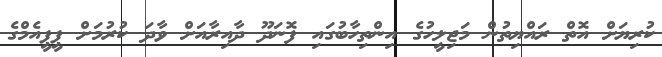
ކުރިޔަށް އޮތް ރައްޔިތުން މަޖިލީހުގެ އިންތިހާބުގައި ފޮނަދޫ ދާއިރާއަށް ވާދަ ކުރުމަށް ޕީޕީއެމްގެ